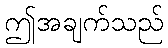
ဤအချက်သည်